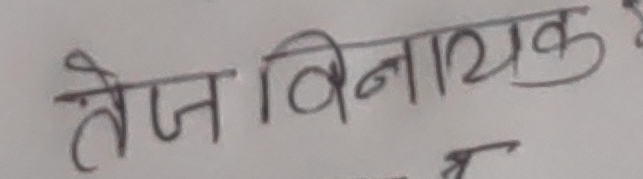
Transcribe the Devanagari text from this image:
तेज विनायक